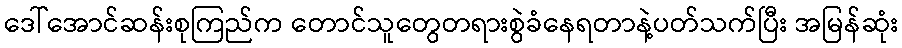
ဒေါ်အောင်ဆန်းစုကြည်က တောင်သူတွေတရားစွဲခံနေရတာနဲ့ပတ်သက်ပြီး အမြန်ဆုံး